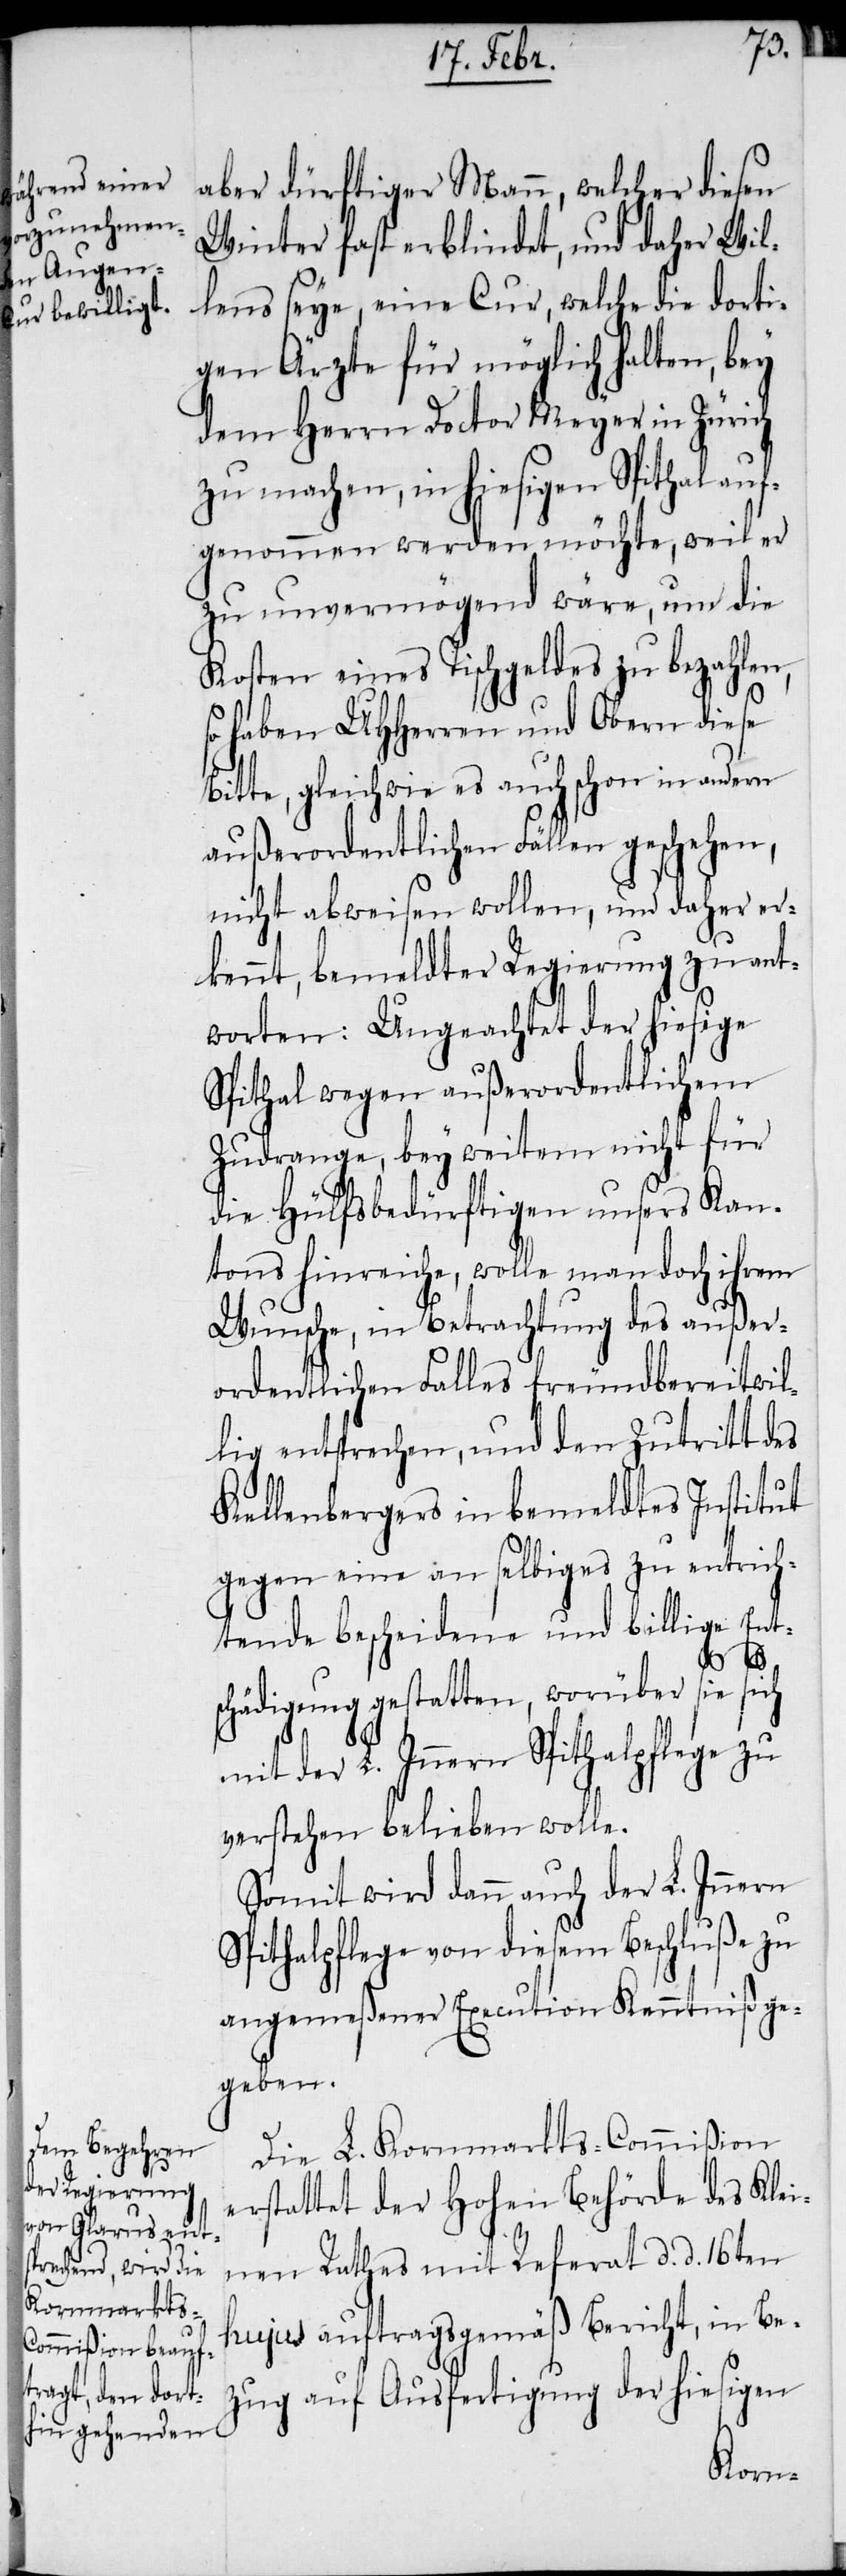
aber dürftiger Mann, welcher diesen
Winter fast erblindet, und daher Wil¬
lens seye, eine Cur, welche die dorti¬
gen Ärzte für möglich halten, bey
dem Herrn Doctor Meyer in Zürich
zu machen, in hiesigen Spithal auf¬
genommen werden möchte, weil er
zu unvermögend wäre, um die
Kosten eines Tischgeldes zu bezahlen,
so haben UHHerren und Obern diese
Bitte, gleichwie es auch schon in andern
außerordentlichen Fällen geschehen,
nicht abweisen wollen, und daher er¬
kennt, bemeldter Regierung zu ant¬
worten: Ungeachtet der hiesige
Sptihal wegen außerordentlichem
Zudrange, bey weitem nicht für
die Hülfsbedürftigen unsers Kan¬
tons hinreiche, wolle man doch ihrem
Wunsche, in Betrachtung des außer¬
ordentlichen Falles freundbereitwil¬
lig entsprechen, und den Zutritt des
Kellenbergers in bemeldtes Institut
gegen eine an selbiges zu entrich¬
tende bescheidene und billige Ent¬
schädigung gestatten, worüber sie sich
mit der L. Innern Spithalpflege zu
verstehen belieben wolle.
Somit wird dann auch der L. Innern
Spithalpflege von diesem Beschluße zu
angemeßener Execution Kenntniß ge¬
geben.
Die L. Kornmarkts-Commißion
erstattet der Hohen Behörde des Klei¬
nen Rathes mit Referat d. d. 16ten
hujus auftragsgemäß Bericht, in Be¬
zug auf Ausfertigung der hiesigen